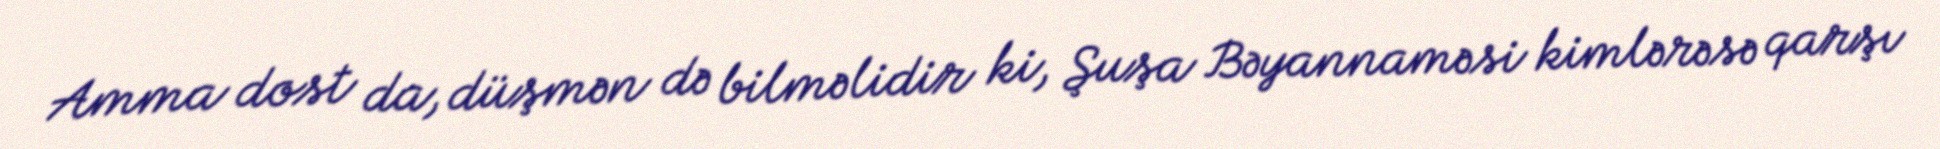
Amma dost da, düşmən də bilməlidir ki, Şuşa Bəyannaməsi kimlərəsə qarşı